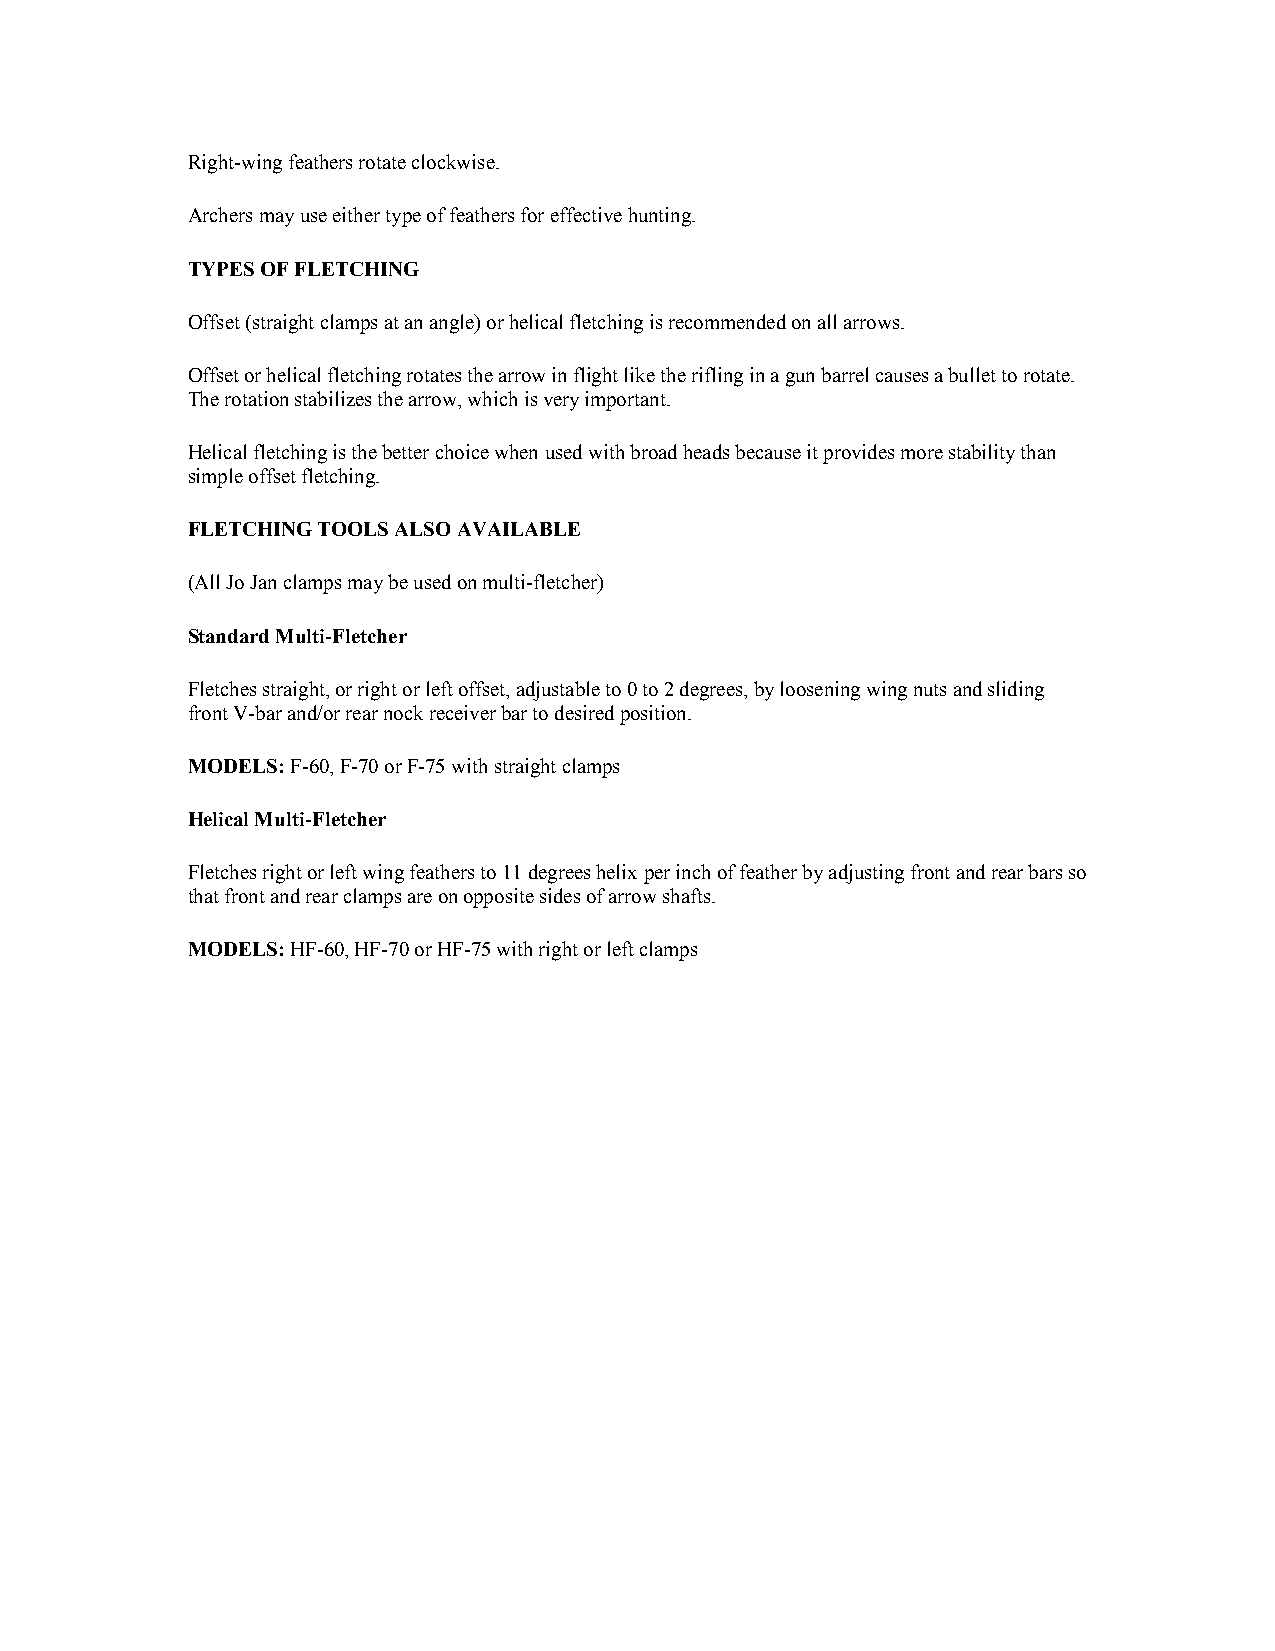
Right-wing feathers rotate clockwise.
 Archers may use either type of feathers for effective hunting.
 TYPES OF FLETCHING
 Offset (straight clamps at an angle) or helical fletching is recommended on all arrows.
 Offset or helical fletching rotates the arrow in flight like the rifling in a gun barrel causes a bullet to rotate.
 The rotation stabilizes the arrow, which is very important.
 Helical fletching is the better choice when used with broad heads because it provides more stability than
 simple offset fletching.
 FLETCHING TOOLS ALSO AVAILABLE
 (All Jo Jan clamps may be used on multi-fletcher)
 Standard Multi-Fletcher
 Fletches straight, or right or left offset, adjustable to 0 to 2 degrees, by loosening wing nuts and sliding
 front V-bar and/or rear nock receiver bar to desired position.
 MODELS: F-60, F-70 or F-75 with straight clamps
 Helical Multi-Fletcher
 Fletches right or left wing feathers to 11 degrees helix per inch of feather by adjusting front and rear bars so
 that front and rear clamps are on opposite sides of arrow shafts.
 MODELS: HF-60, HF-70 or HF-75 with right or left clamps